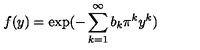
f ( y ) = \exp ( - \sum _ { k = 1 } ^ { \infty } b _ { k } \pi ^ { k } y ^ { k } )